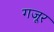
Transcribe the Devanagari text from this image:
गजूर